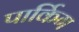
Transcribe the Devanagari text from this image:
पार्किग